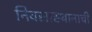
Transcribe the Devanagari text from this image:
निवसास्थानाची